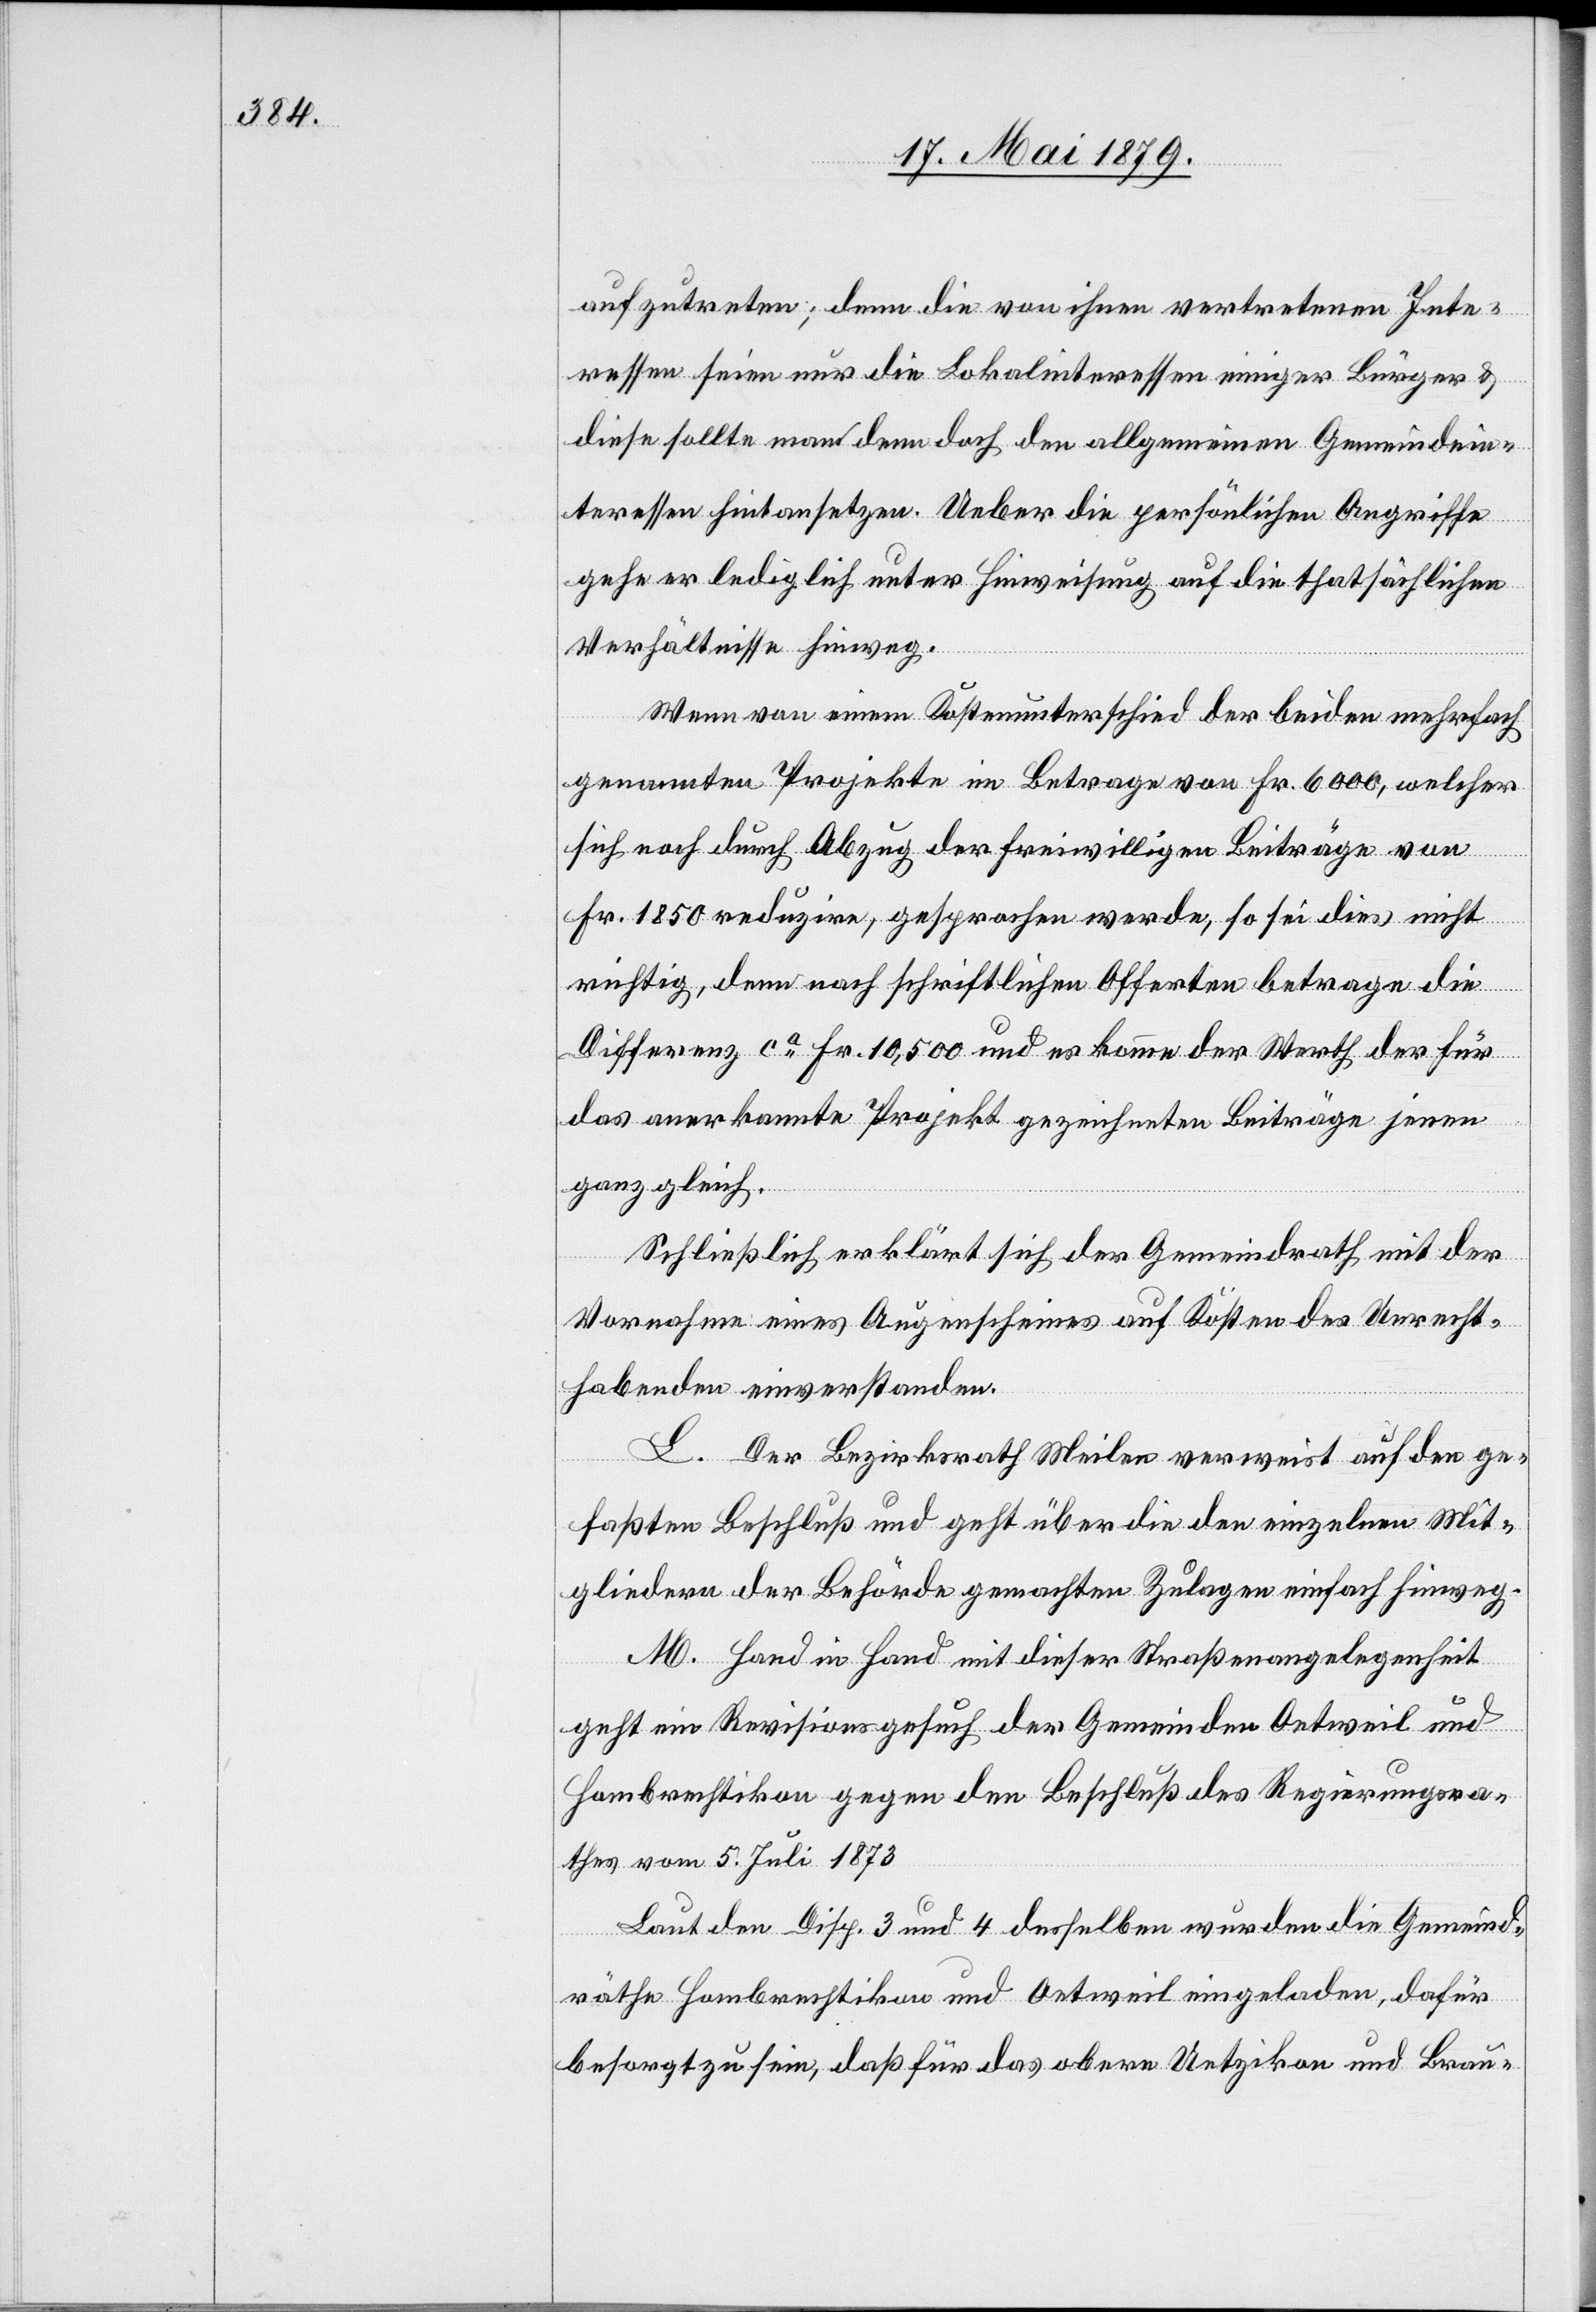
aufzutreten; denn die von ihnen vertretenen Inte¬
ressen seien nur die Lokalinteressen einiger Bürger &
diese sollte man denn doch den allgemeinen Gemeindein¬
teressen hintansetzen. Ueber die persönlichen Angriffe
gehe er lediglich unter Hinweisung auf die thatsächlichen
Verhältnisse hinweg.
Wenn von einem Kostenunterschied der beiden mehrfach
genannten Projekte im Betrage von Fr. 6000, welcher
sich noch durch Abzug der freiwilligen Beiträge von
Fr. 1850 reduzire, gesprochen werde, so sei dies nicht
richtig, denn nach schriftlichen Offerten betrage die
Differenz ca Fr. 10,500 und es komme der Werth der für
das anerkannte Projekt gezeichneten Beiträge jenen
ganz gleich.
Schließlich erklärt sich der Gemeindrath mit der
Vornahme eines Augenscheines auf Kosten des Unrecht¬
habenden einverstanden.
L. Der Bezirksrath Meilen verweist auf den ge¬
faßten Beschluß und geht über die den einzelnen Mit¬
gliedern der Behörde gemachten Zulagen einfach hinweg.
M. Hand in Hand mit dieser Straßenangelegenheit
geht ein Revisionsgesuch der Gemeinden Oetweil und
Hombrechtikon gegen den Beschluß des Regierungsra¬
thes vom 5. Juli 1873[.]
Laut den Disp. 3 und 4 desselben wurden die Gemeind¬
räthe Hombrechtikon und Oetweil eingeladen, dafür
besorgt zu sein, daß für das obere Uetzikon und Brau-